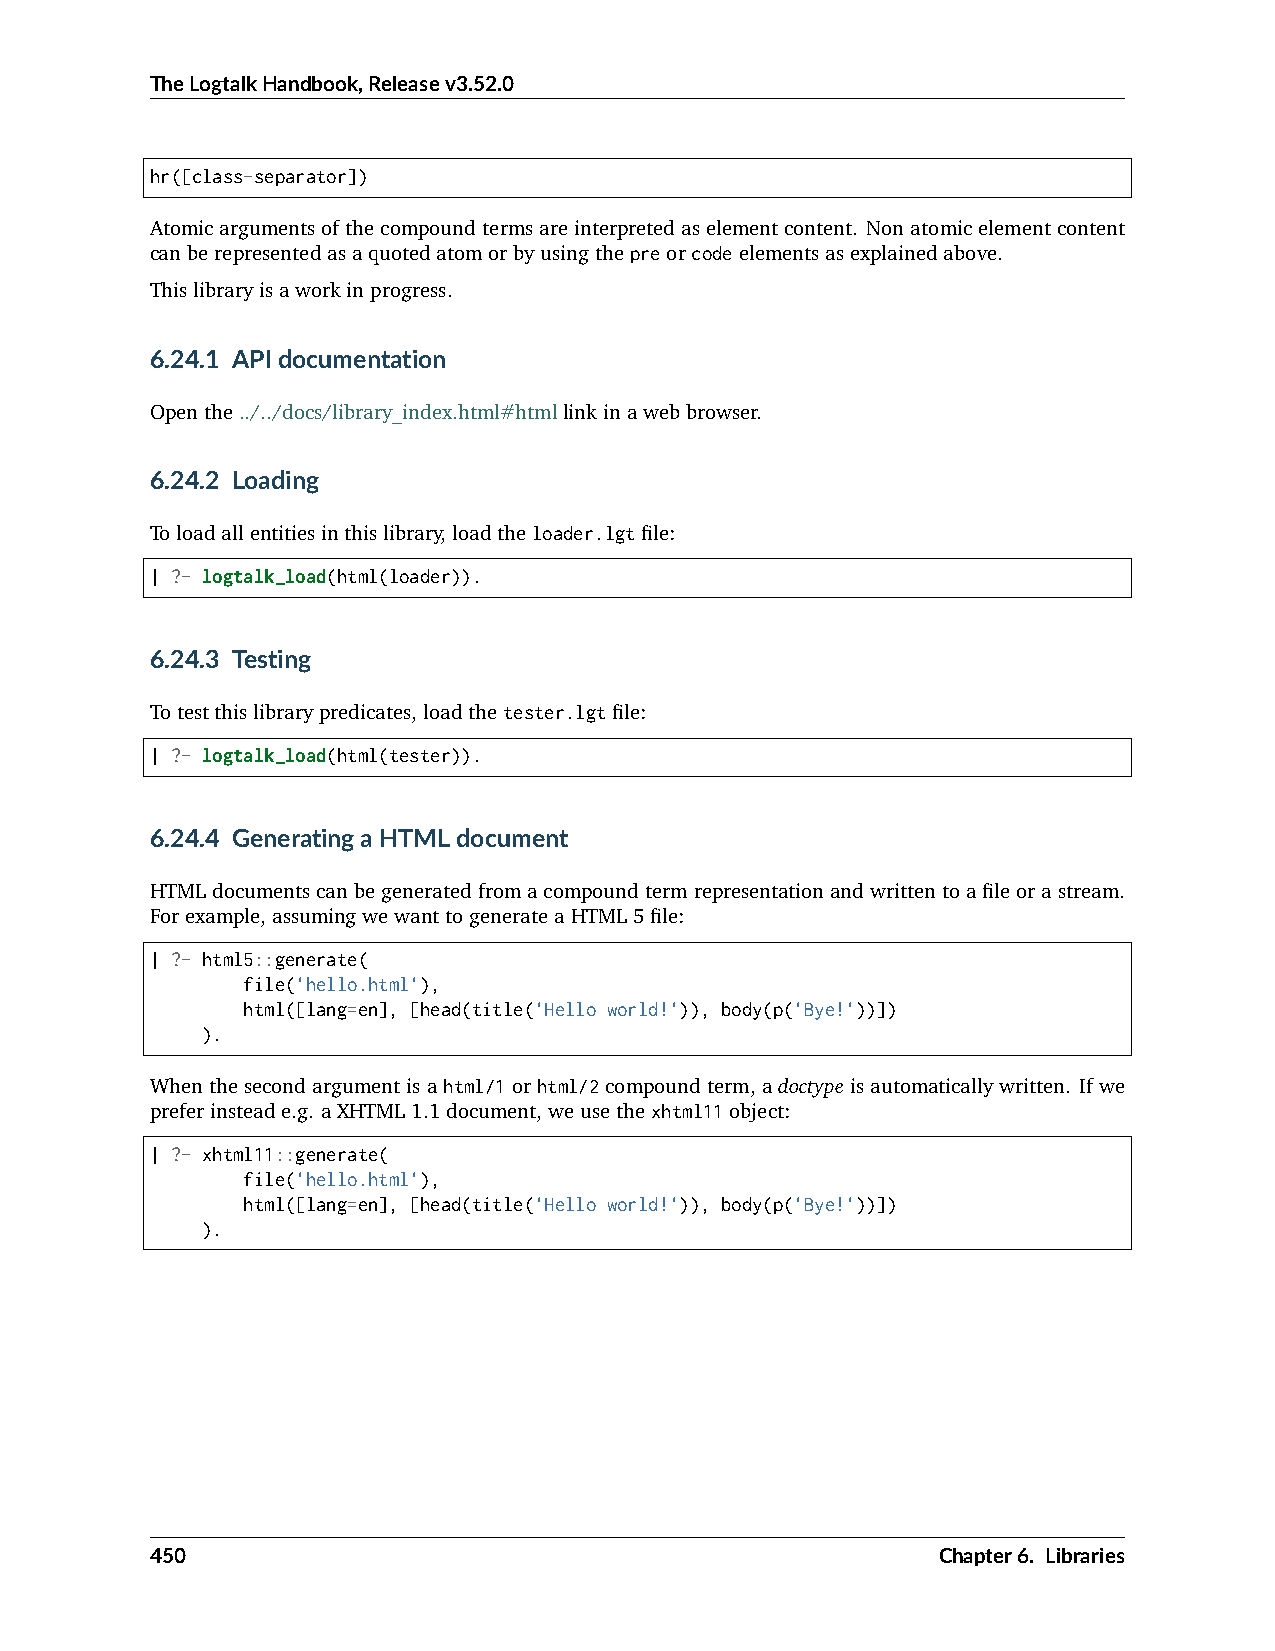
TheLogtalkHandbook,Releasev3.52.0
 hr([class-separator])
 Atomicargumentsofthecompoundtermsareinterpretedaselementcontent. Nonatomicelementcontent
 canberepresentedasaquotedatomorbyusingthepreorcodeelementsasexplainedabove.
 Thislibraryisaworkinprogress.
 6.24.1 APIdocumentation
 Openthe../../docs/library_index.html#htmllinkinawebbrowser.
 6.24.2 Loading
 Toloadallentitiesinthislibrary,loadtheloader.lgtfile:
 | ?- logtalk_load(html(loader)).
 6.24.3 Testing
 Totestthislibrarypredicates,loadthetester.lgtfile:
 | ?- logtalk_load(html(tester)).
 6.24.4 GeneratingaHTMLdocument
 HTMLdocumentscanbegeneratedfromacompoundtermrepresentationandwrittentoafileorastream.
 Forexample,assumingwewanttogenerateaHTML5file:
 | ?- html5::generate(
 file('hello.html'),
 html([lang=en], [head(title('Hello world!')), body(p('Bye!'))])
 ).
 Whenthesecondargumentisahtml/1orhtml/2compoundterm,adoctypeisautomaticallywritten. Ifwe
 preferinsteade.g. aXHTML1.1document,weusethexhtml11object:
 | ?- xhtml11::generate(
 file('hello.html'),
 html([lang=en], [head(title('Hello world!')), body(p('Bye!'))])
 ).
 450                                                 Chapter6. Libraries